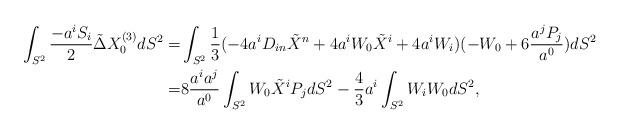
LaTeX: \begin{align*} \int _{S^2} \frac{-a^i S_i}{2} \tilde \Delta X_0^{(3)} dS^2= &\int _{S^2} \frac{1}{3}(-4a^iD_{in}\tilde X^n + 4 a^iW_0 \tilde X^i + 4 a^i W_i) (-W_0 + 6 \frac{a^j P_j}{a^0}) dS^2\\=& 8 \frac{a^ia^j}{a^0}\int_{S^2} W_0 \tilde X^i P_j dS^2 -\frac{4}{3} a^i \int_{S^2} W_iW_0 dS^2,\end{align*}